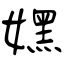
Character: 嫼